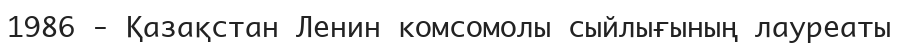
1986 - Қазақстан Ленин комсомолы сыйлығының лауреаты